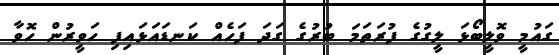
ގައުމީ ވޮލީބޯޅަ ލީގުގެ ފުރަތަމަ ބުރުގެ ގަދަ ފަހެއް ކަނޑައަޅައިފި ހަވީރުން ހޮވާ